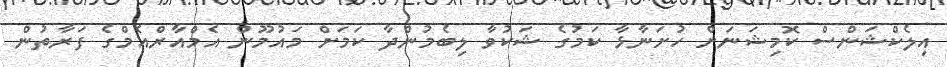
އިލެކްޝަންސް ކޮމިޝަނަށް ހުށަނާޅާ ކަމުގެ ޝަކުވާ ލިބެމުންދާ ކަމަށް މައުމޫން އެމްއާރްއެމްގެ ފަރާތުން